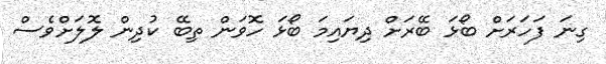
ގިނަ ފަހަރަށް ބޯޅަ ބޭރަށް ދިޔައިމަ ބޯޅަ ހޮވަން ތިބޭ ކުދިން ލޮލަށްވެސް